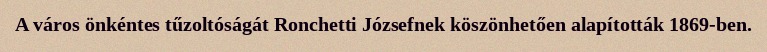
A város önkéntes tűzoltóságát Ronchetti Józsefnek köszönhetően alapították 1869-ben.